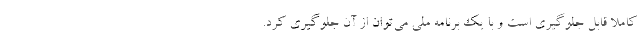
کاملا قابل جلوگیری است و با یک برنامه ملی می‌توان از آن جلوگیری کرد.